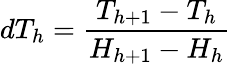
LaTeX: dT_{h}=\frac{T_{h+1}-T_{h}}{H_{h+1}-H_{h}}